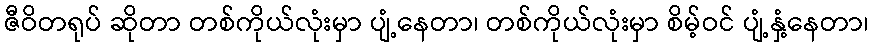
ဇီဝိတရုပ် ဆိုတာ တစ်ကိုယ်လုံးမှာ ပျံ့နေတာ၊ တစ်ကိုယ်လုံးမှာ စိမ့်ဝင် ပျံ့နှံ့နေတာ၊